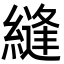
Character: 縫